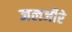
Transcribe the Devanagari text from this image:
जलजीरे